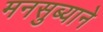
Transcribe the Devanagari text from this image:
मनसुब्याने